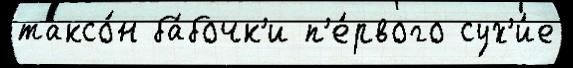
таксо́н ба́бочк'и п'е́рвого сух'и́е